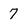
Character: 7